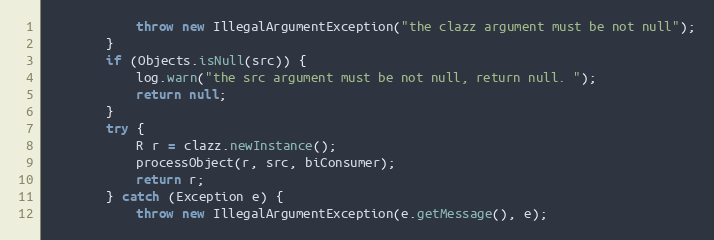
Language: Java
            throw new IllegalArgumentException("the clazz argument must be not null");
        }
        if (Objects.isNull(src)) {
            log.warn("the src argument must be not null, return null. ");
            return null;
        }
        try {
            R r = clazz.newInstance();
            processObject(r, src, biConsumer);
            return r;
        } catch (Exception e) {
            throw new IllegalArgumentException(e.getMessage(), e);